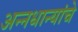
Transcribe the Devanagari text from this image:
अन्नधान्यांचे